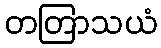
တတြာသယံ